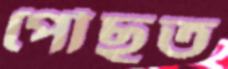
পৌঁছত